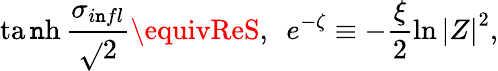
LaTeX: \operatorname{ta\mathtt{n}h}\frac{{\sigma_{i\mathtt{n}fl}}}{{\sqrt{}{{2}}}}\equivReS,\ \ e^{-\zeta}\equiv-\frac{{\xi}}{{2}}\ln\left|Z\right|^{2},